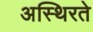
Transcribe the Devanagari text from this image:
अस्थिरते